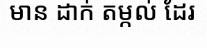
មាន ដាក់ តម្កល់ ដែរ